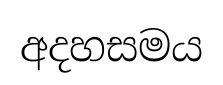
අදහසමය